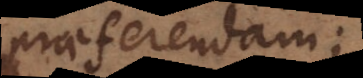
praeferendam,;